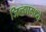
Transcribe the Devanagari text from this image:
जिल्‍ह्यामध्ये